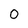
Character: 0